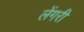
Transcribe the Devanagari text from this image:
लेंगरी